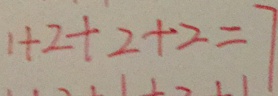
1 + 2 + 2 + 2 = 7